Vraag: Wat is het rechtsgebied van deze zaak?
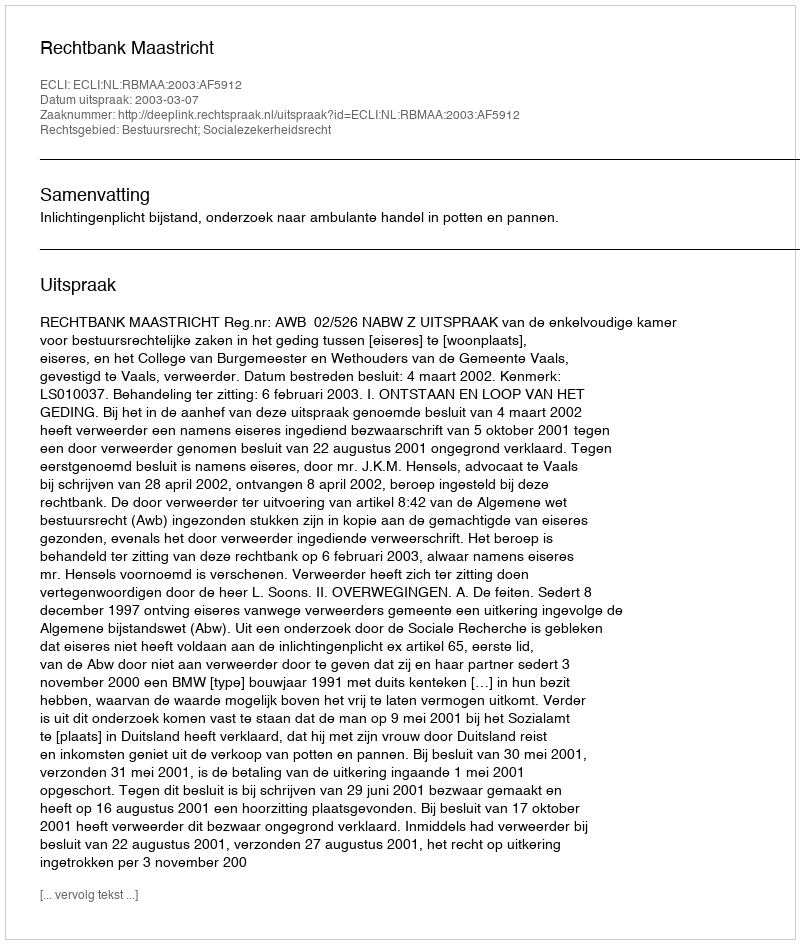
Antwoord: Bestuursrecht; Socialezekerheidsrecht